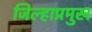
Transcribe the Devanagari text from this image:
जिल्हाप्रमुख